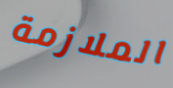
الملازمة